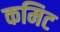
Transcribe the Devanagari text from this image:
कमिट